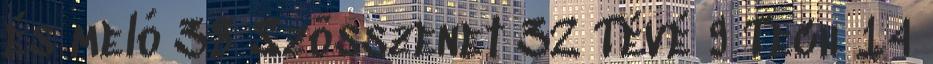
és meló 38 Szösszenet 32 Tévé 9 Tech 14